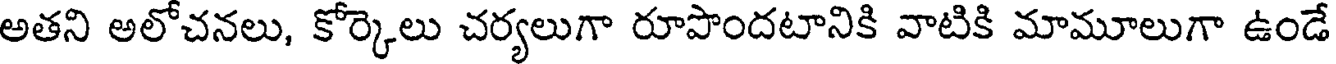
అతని అలోచనలు, కోర్కెలు చర్యలుగా రూపొందటానికి వాటికి మామూలుగా ఉండే